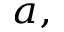
^ { a , }